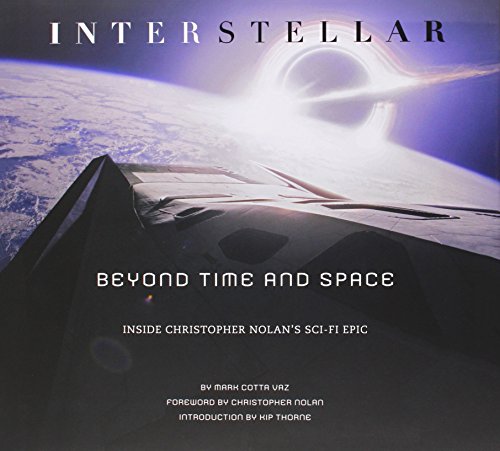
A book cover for Interstellar: Beyond Time and Space; Mark Cotta Vaz; Humor & Entertainment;